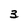
Character: 3